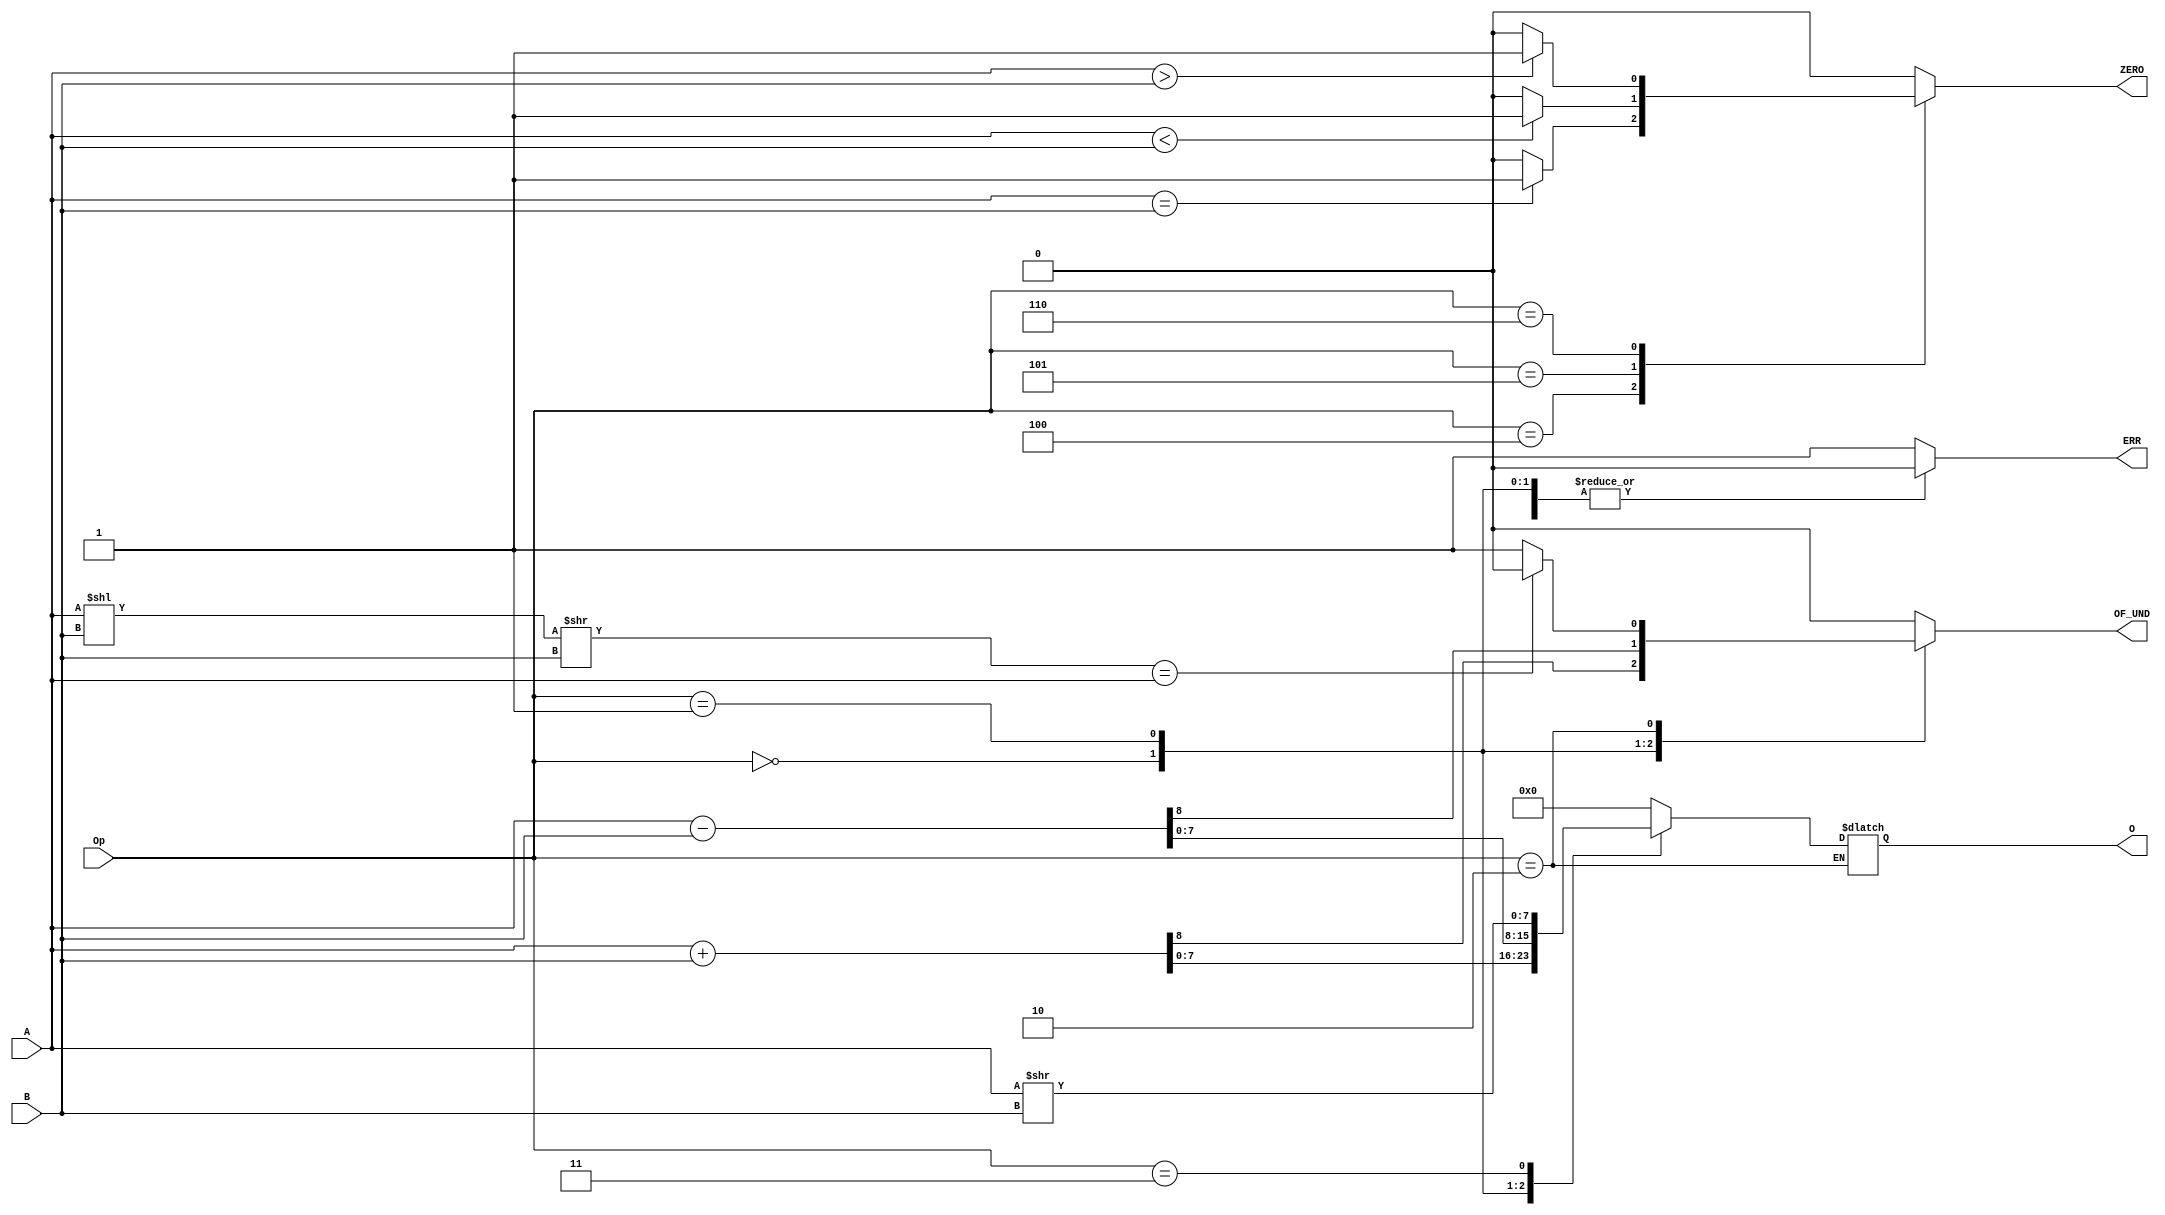
module ALU(A, B, Op, O, OF_UND, ERR, ZERO);
    parameter WIDTH = 8;
    
    input [WIDTH-1:0] A, B;
    input [3:0] Op;
    output reg [WIDTH-1:0] O;
    output reg OF_UND, ERR, ZERO;
    
    reg [WIDTH-1:0] v;
        
    always @(A or B or Op)
    begin
        case(Op)
            0: begin
                {OF_UND, O} = {0,A} + {0,B};
                ZERO=0;
                ERR=0;
               end
            1: begin
                {OF_UND, O} = {0,A} - {0,B};
                ZERO=0;
                ERR=0;
               end
            2: begin
                v = A << B;
                v = v >> B;
                if(v==A)
                    OF_UND=0;
                else
                    OF_UND=1;
                ZERO=0;
                ERR=0;
               end
            3: begin
                O = A >> B;
                OF_UND = 0;
                ZERO=0;
                ERR=0;
               end
            4: begin
                ZERO = (A==B)?1:0;
                O = 0;
                OF_UND = 0;
                ERR=0;
               end
            5: begin
                ZERO = (A<B)?1:0;
                O = 0;
                OF_UND = 0;
                ERR=0;
               end
            6: begin
                ZERO = (A>B)?1:0;
                O = 0;
                OF_UND = 0;
                ERR=0;
               end
            default: 
            begin
                ERR=1;
                OF_UND = 0;
                ZERO = 0;
                O = 0;
            end
        endcase
    end
endmodule